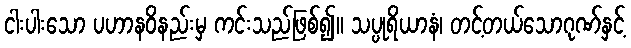
ငါးပါးသော ပဟာနဝိနည်းမှ ကင်းသည်ဖြစ်၍။ သပ္ပုရိယာနံ၊ တင့်တယ်သောဂုဏ်နှင့်